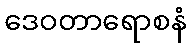
ဒေဝတာရောစနံ